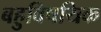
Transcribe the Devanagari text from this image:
बहुविषयिक